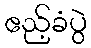
ဧည့်ခံပွဲ